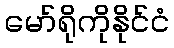
မော်ရိုကိုနိုင်ငံ